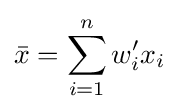
{\bar {x}}=\sum \limits _{i=1}^{n}{w_{i}'x_{i}}